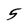
Character: 5